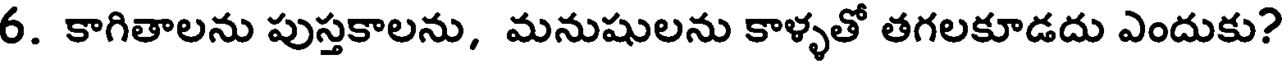
6. కాగితాలను పుస్తకాలను, మనుషులను కాళ్ళతో తగలకూడదు ఎందుకు?